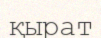
қырат